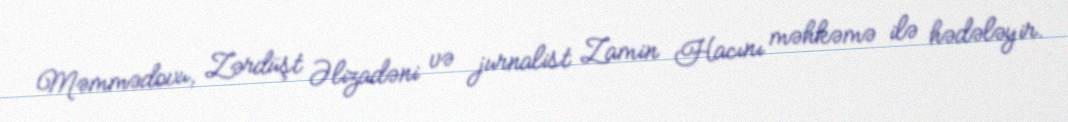
Məmmədovu, Zərdüşt Əlizadəni və jurnalist Zamin Hacını məhkəmə ilə hədələyir.